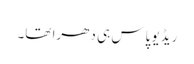
ریڈیو پاس ہی دھرا تھا۔